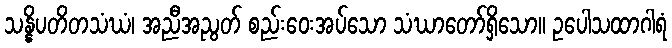
သန္နိပတိတသံဃံ၊ အညီအညွတ် စည်းဝေးအပ်သော သံဃာတော်ရှိသော။ ဥပေါသထာဂါရံ